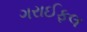
ગરાઈફલ